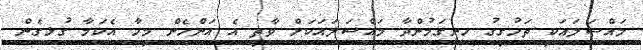
މައްސަލައަކީ ތަހުގީގު ހިނގަމުންދާ މައްސަލައަކަށް ވާތީ އެ އަންހެން މީހާ އެކަމާ ގުޅިގެން